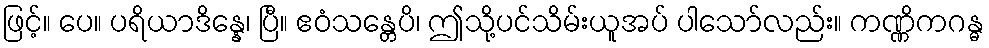
ဖြင့်။ ပေ။ ပရိယာဒိန္နေ၊ ပြီ။ ဧဝံသန္တေပိ၊ ဤသို့ပင်သိမ်းယူအပ် ပါသော်လည်း။ ကဏ္ဏိကဂန္ဓ